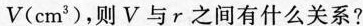
V(cm^{3 })，则V与r之间有什么关系?